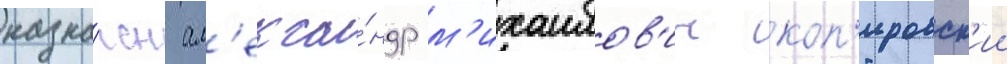
назна́чен ал'екса́ндр м'ихаилов'ич коп'ировск'ии